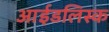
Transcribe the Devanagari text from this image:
आईडलिस्क